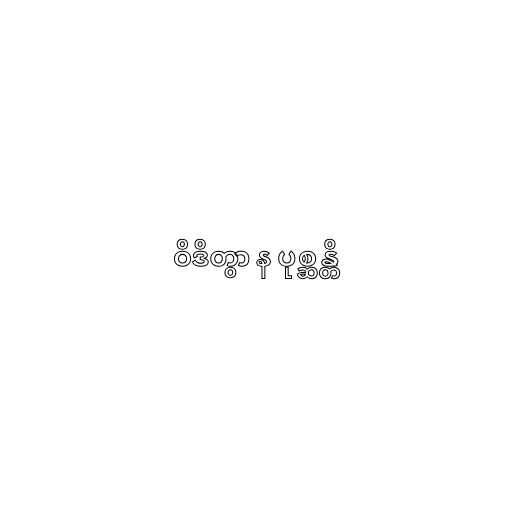
ဝိဒိတွာ န ပုစ္ဆန္တိ